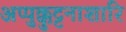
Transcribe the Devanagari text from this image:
अप्पुक्कुट्टनाशारि